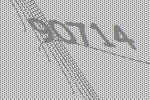
90714